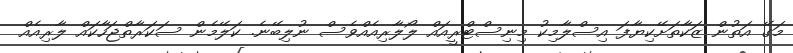
މަގޭ އަތުން ޒަކާތަށޭކިޔާފަ އިސްލާމިކު މިނިސްޓްރީއައް ލޯލާރިއެއްވެސް ނުލިބޭނެ. ކަލޭމެން ސަކަރާތްޖަހާކައް ލާރިއެއް